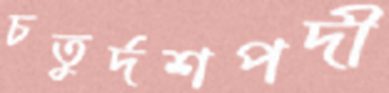
চতুর্দশপদী